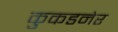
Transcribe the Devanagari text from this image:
कुकडनेर